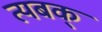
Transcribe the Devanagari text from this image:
त्यबक्